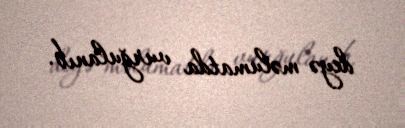
deyə məlumatda vurğulanıb.